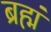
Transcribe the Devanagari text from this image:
ब्रह्मं